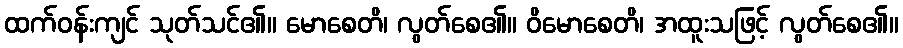
ထက်ဝန်းကျင် သုတ်သင်၏။ မောစေတိ၊ လွတ်စေ၏။ ဝိမောစေတိ၊ အထူးသဖြင့် လွတ်စေ၏။